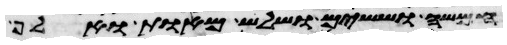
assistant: חמשה וששים ושלש מאות ואלף